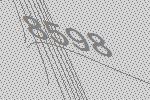
8598